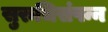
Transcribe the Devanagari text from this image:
सुरुचिसंपन्न